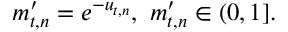
\begin{array} { r } { m _ { t , n } ^ { \prime } = e ^ { - u _ { t , n } } , ~ m _ { t , n } ^ { \prime } \in ( 0 , 1 ] . } \end{array}